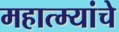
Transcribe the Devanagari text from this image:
महात्म्यांचे